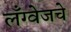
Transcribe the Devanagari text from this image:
लँग्वेजचे